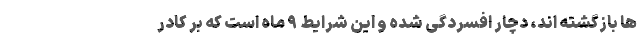
ها بازگشته اند، دچار افسردگی شده و این شرایط ۹ ماه است که بر کادر